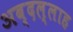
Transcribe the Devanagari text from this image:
अब्दल्लाह